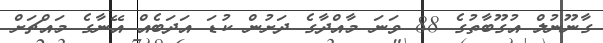
ގާނޫނުލް އުގޫބާތުގެ 88 ވަނަ މާއްދާގެ ދަށުން ކުޑަ އަދަބެއް އޭނާގެ މައްޗަށް